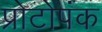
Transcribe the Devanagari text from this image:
प्रोटोपंक